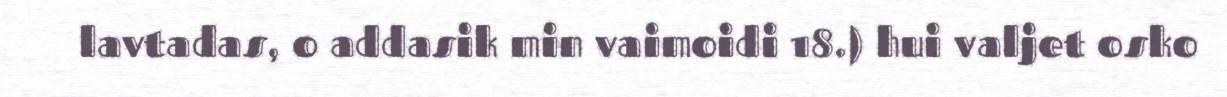
lavtadas, o addasik min vaimoidi 18.) hui valjet osko